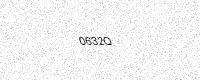
Text: 0632Q